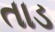
તાડ